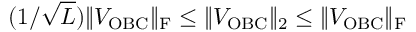
( 1 / \sqrt { L } ) \| V _ { \mathrm { O B C } } \| _ { \mathrm { F } } \leq \| V _ { \mathrm { O B C } } \| _ { 2 } \leq \| V _ { \mathrm { O B C } } \| _ { \mathrm { F } }